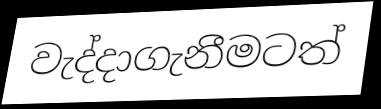
වැද්දාගැනීමටත්